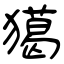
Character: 獦